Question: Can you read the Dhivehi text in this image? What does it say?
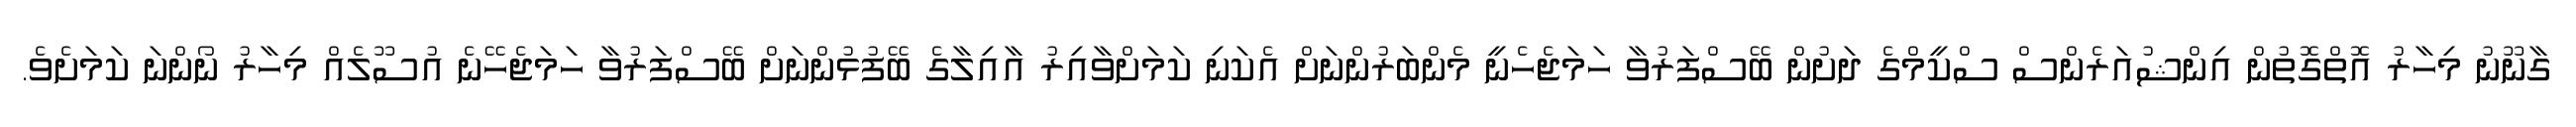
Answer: ގާނޫނު މިހާރު އޮތްގޮތުން އިންޝުއަރެންސް ސްކީމްގެ ދަށުން ބޭސްފަރުވާ ހަމަޖެހެނީ މެންބަރުންނަށް އެކަނި ކަމަށްވާއިރު އާއިލާގެ ބޭފުޅުންނަށް ބޭސްފަރުވާ ހަމަޖެހޭނެ އުސޫލެއް މިހާރު ނޯންނަ ކަމަށެވެ.